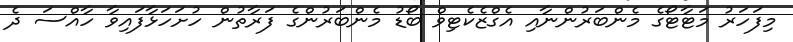
މިފަހަރު މަޓާޓޯގެ މެންބަރުންނާއި އެގްޒެކެޓިވް ބޯޑު މެންބަރުންގެ ފަރާތުން ހުށަހަޅާފައިވާ ހާއްސަ ދެ